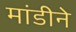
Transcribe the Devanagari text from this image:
मांडीने